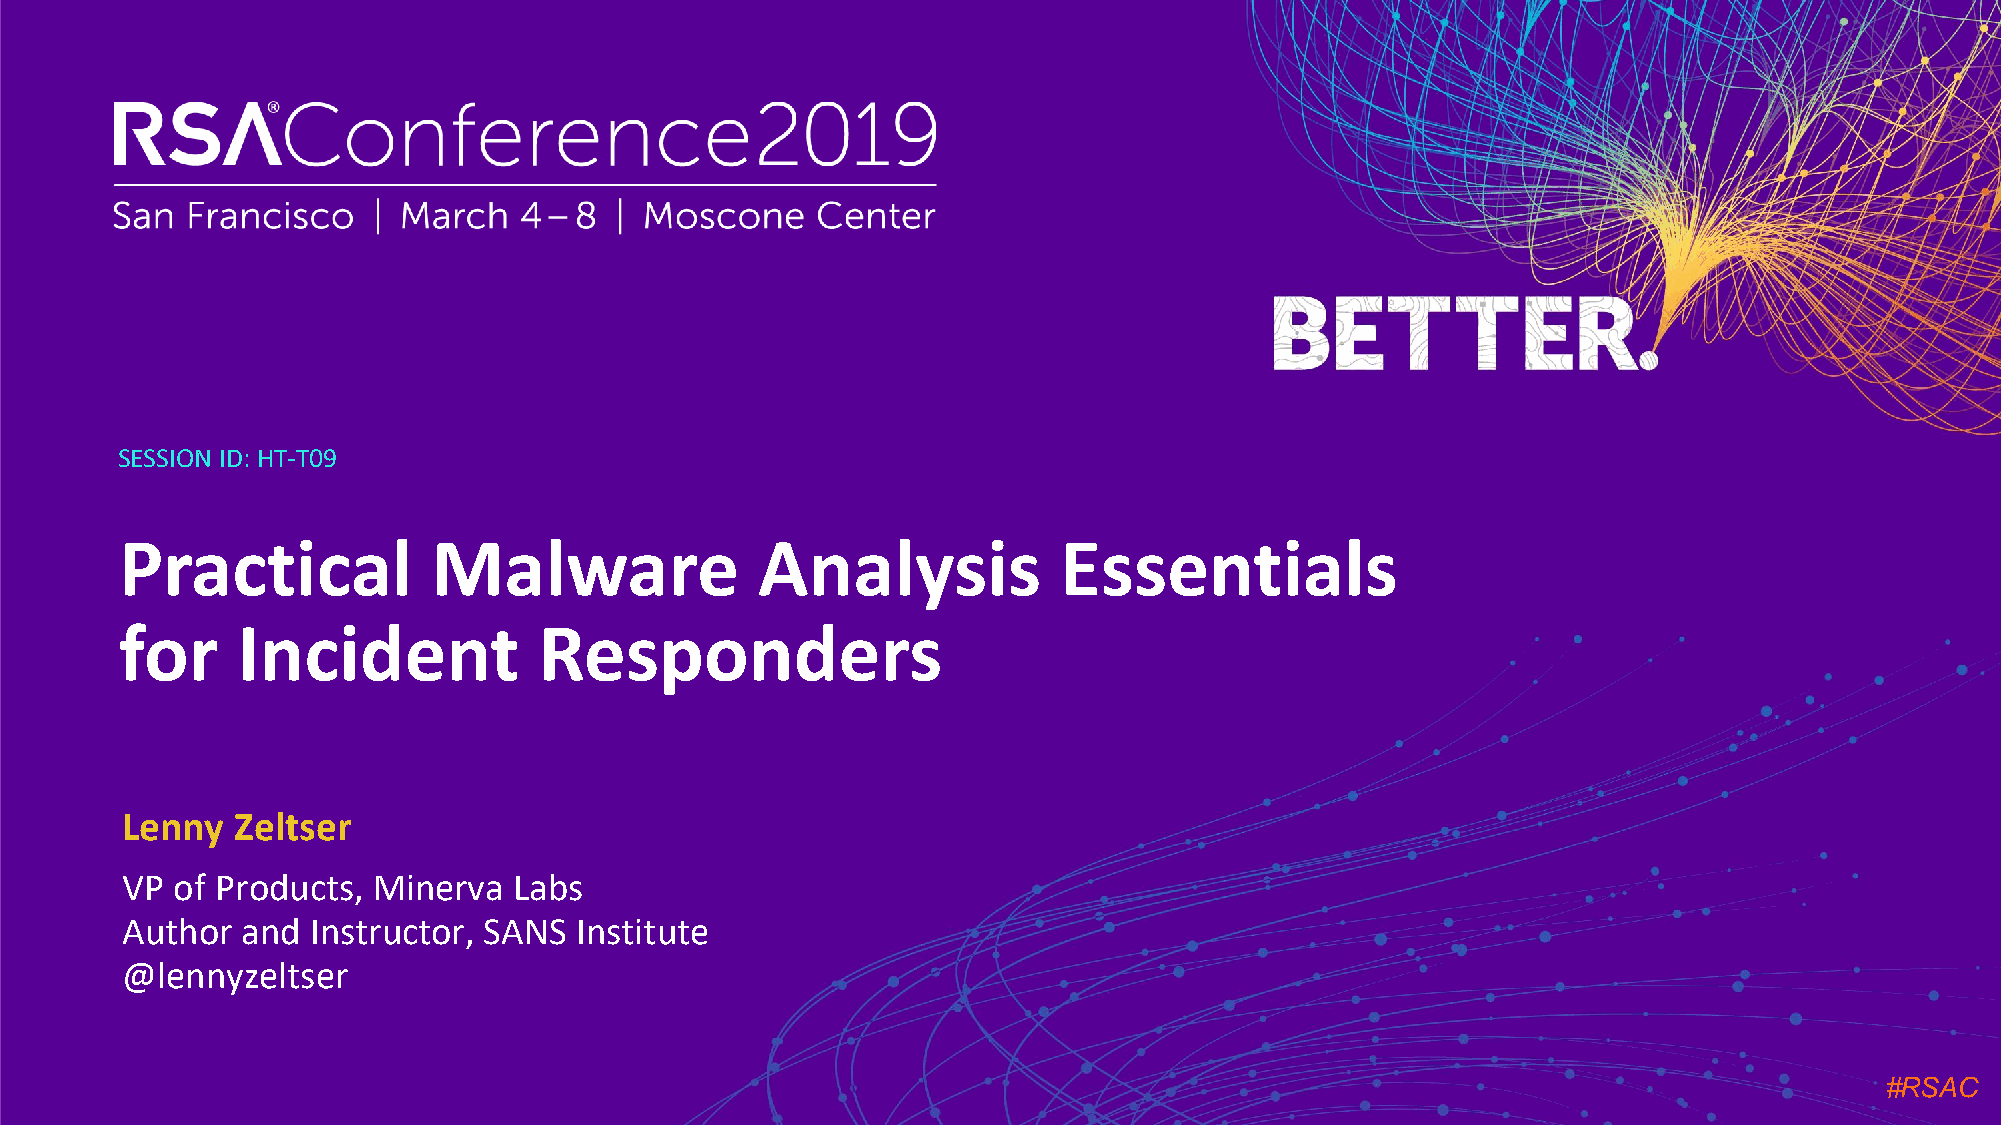
SESSION ID:HT-T09
 Practical            Malware              Analysis            Essentials
 for     Incident            Responders
 Lenny   Zeltser
 VP of Products,  Minerva  Labs
 Author  and Instructor, SANS  Institute
 @lennyzeltser
 #RSAC